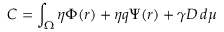
C = \int _ { \Omega } \eta \Phi ( r ) + \eta q \Psi ( r ) + \gamma D \, d \mu